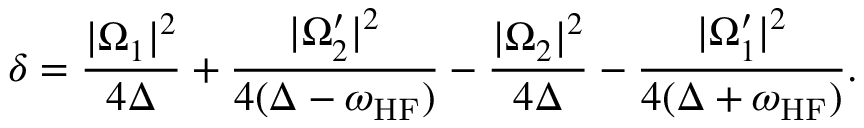
\delta = \frac { | \Omega _ { 1 } | ^ { 2 } } { 4 \Delta } + \frac { | \Omega _ { 2 } ^ { \prime } | ^ { 2 } } { 4 ( \Delta - \omega _ { \mathrm { H F } } ) } - \frac { | \Omega _ { 2 } | ^ { 2 } } { 4 \Delta } - \frac { | \Omega _ { 1 } ^ { \prime } | ^ { 2 } } { 4 ( \Delta + \omega _ { \mathrm { H F } } ) } .